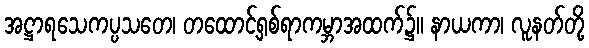
အဋ္ဌာရသေကပ္ပသတေ၊ တထောင့်ရှစ်ရာကမ္ဘာအထက်၌။ နာယကာ၊ လူနတ်တို့